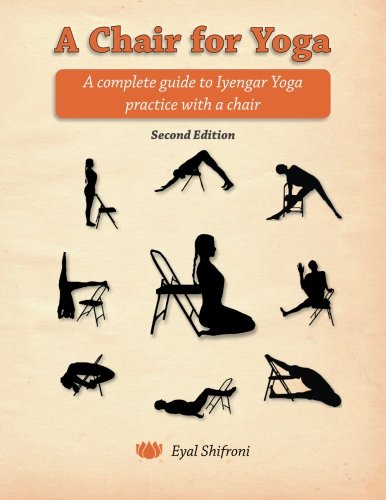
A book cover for A Chair for Yoga: A complete guide to Iyengar Yoga practice with a chair; Dr. Eyal Shifroni; Health, Fitness & Dieting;